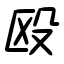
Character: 殴